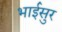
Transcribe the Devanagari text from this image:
भाईसुर